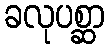
ခလုပစ္ဆာ